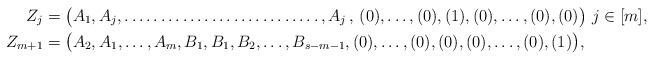
LaTeX: \begin{align*} Z_j&= \big(A_{1},A_{j},\ldots\ldots\ldots\ldots\ldots\ldots\ldots\ldots\ldots,A_{j}\,,\,(0),\ldots,(0),(1),(0),\ldots,(0),(0)\big)\ j\in[m],\\ Z_{m+1}&= \big(A_{2},A_{1},\ldots,A_{m},B_1,B_1,B_2,\ldots,B_{s-m-1},(0),\ldots,(0),(0),(0),\ldots,(0),(1)\big),\end{align*}